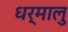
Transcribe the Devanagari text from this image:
धर्मालु